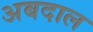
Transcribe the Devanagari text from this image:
अबदाल